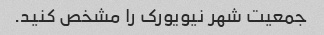
جمعیت شهر نیویورک را مشخص کنید.